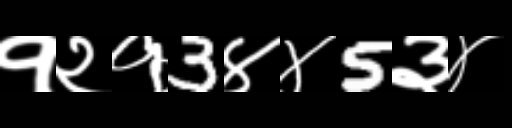
Text: १२१3४४5३४